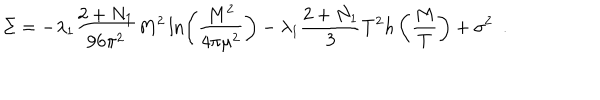
\Sigma = - \lambda _ { 1 } \frac { 2 + N _ { 1 } } { 9 6 \pi ^ { 2 } } M ^ { 2 } \ln \left( \frac { M ^ { 2 } } { 4 \pi \mu ^ { 2 } } \right) - \lambda _ { 1 } \frac { 2 + N _ { 1 } } { 3 } T ^ { 2 } h \left( \frac { M } { T } \right) + \sigma ^ { 2 } ~ ~ .